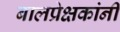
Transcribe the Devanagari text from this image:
बालप्रेक्षकांनी